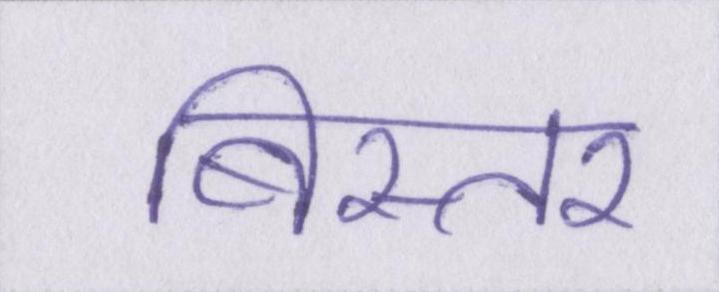
बिस्तर